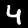
Digit: 4